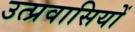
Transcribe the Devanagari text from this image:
उत्प्रवासियों